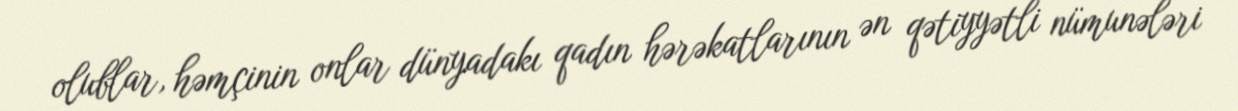
olublar, həmçinin onlar dünyadakı qadın hərəkatlarının ən qətiyyətli nümunələri